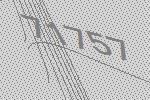
71757